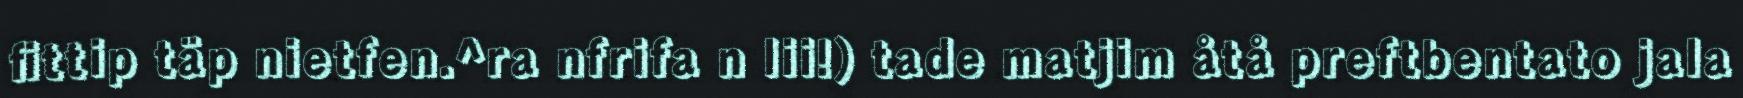
fittip täp nietfen.^ra nfrifa n lii!) tade matjim åtå preftbentato jala